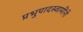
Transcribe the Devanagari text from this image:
प्रभुपादस्वामींनी